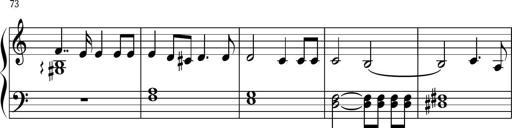
Title: Keyboard Sonatina in G
Composer: Michael Pogudin
Key: G major